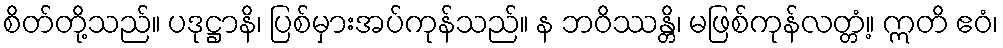
စိတ်တို့သည်။ ပဒုဋ္ဌာနိ၊ ပြစ်မှားအပ်ကုန်သည်။ န ဘဝိဿန္တိ၊ မဖြစ်ကုန်လတ္တံ့။ ဣတိ ဧဝံ၊